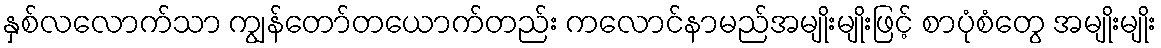
နှစ်လလောက်သာ ကျွန်တော်တယောက်တည်း ကလောင်နာမည်အမျိုးမျိုးဖြင့် စာပုံစံတွေ အမျိုးမျိုး